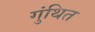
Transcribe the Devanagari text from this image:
गुंथित